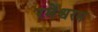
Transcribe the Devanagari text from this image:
रमेश्वरम